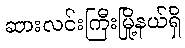
ဆားလင်းကြီးမြို့နယ်ရှိ